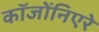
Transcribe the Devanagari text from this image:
कॉजोंनिएरे